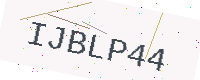
Text: IJBLP44